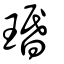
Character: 瑉